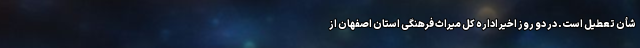
شأن تعطیل است. در دو روز اخیر اداره کل میراث فرهنگی استان اصفهان از